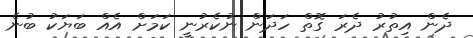
ދެން އިތުރު ދެރަ ގޮތް ހަދަން ނުކެރުނީ ކަމަށް އެއް ބަޔަކު ބުނެ